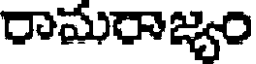
రామరాజ్యం